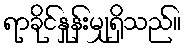
ရာခိုင်နှုန်းမျှရှိသည်။